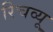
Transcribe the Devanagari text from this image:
रिचव्यू